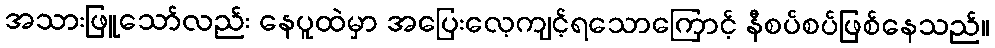
အသားဖြူသော်လည်း နေပူထဲမှာ အပြေးလေ့ကျင့်ရသောကြောင့် နီစပ်စပ်ဖြစ်နေသည်။